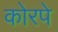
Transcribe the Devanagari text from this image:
कोरपे